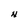
Character: N